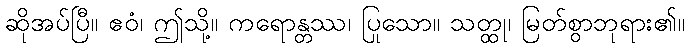
ဆိုအပ်ပြီ။ ဧဝံ၊ ဤသို့။ ကရောန္တဿ၊ ပြုသော။ သတ္ထု၊ မြတ်စွာဘုရား၏။